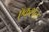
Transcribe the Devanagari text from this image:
ऍकशन